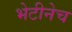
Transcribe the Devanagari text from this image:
भेटीनेच